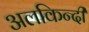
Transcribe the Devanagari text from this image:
अलकिन्दी